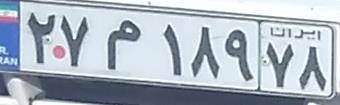
۲۷م۱۸۹۷۸